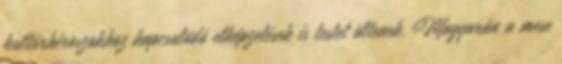
kultúrhéroszokhoz kapcsolódó elképzelések is testet öltenek. Magyarán a mese